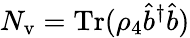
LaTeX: N_{\mathrm{v}}=\mathrm{Tr}(\rho_{4}\hat{b}^{\dagger}\hat{b})